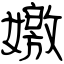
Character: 嬓